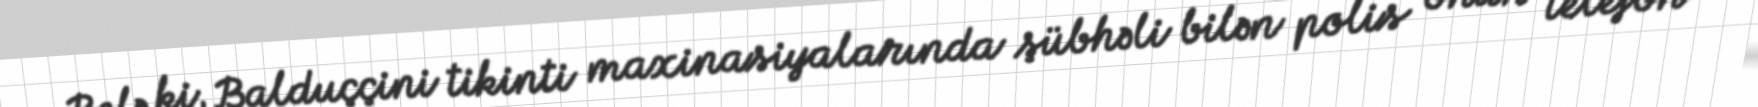
Belə ki, Balduççini tikinti maxinasiyalarında şübhəli bilən polis onun telefon